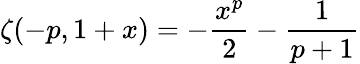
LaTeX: \zeta(-p,1+x)=-\frac{x^{p}}{2}-\frac{1}{p+1}